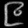
Digit: ၉